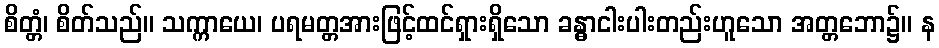
စိတ္တံ၊ စိတ်သည်။ သက္ကာယေ၊ ပရမတ္တအားဖြင့်ထင်ရှားရှိသော ခန္ဓာငါးပါးတည်းဟူသော အတ္တဘော၌။ န